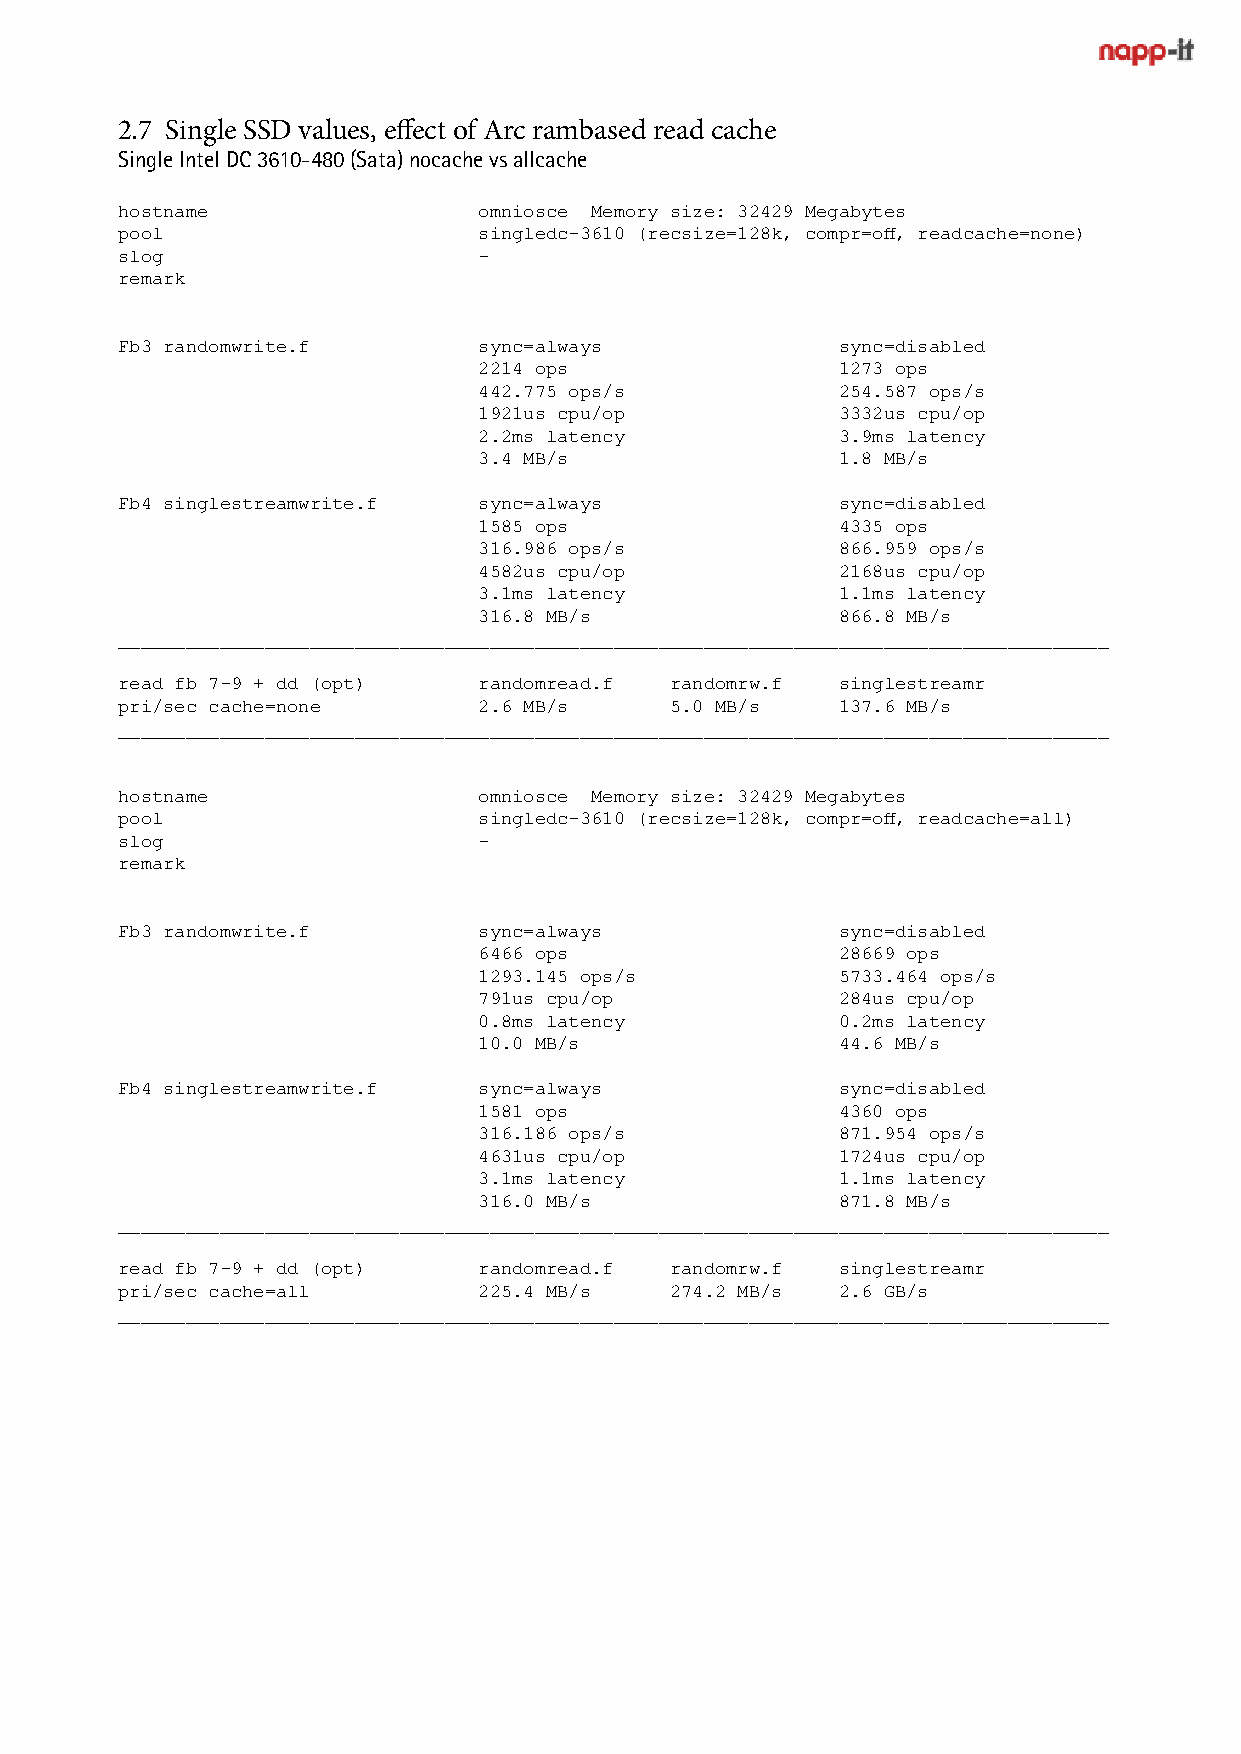
2.7 Single SSD values, effect of Arc rambased read cache
 Single Intel DC 3610-480 (Sata) nocache vs allcache
 hostname                omniosce Memory size: 32429 Megabytes
 pool                    singledc-3610 (recsize=128k, compr=off, readcache=none)
 slog                    -
 remark
 Fb3 randomwrite.f       sync=always            sync=disabled
 2214 ops               1273 ops
 442.775 ops/s          254.587 ops/s
 1921us cpu/op          3332us cpu/op
 2.2ms latency          3.9ms latency
 3.4 MB/s               1.8 MB/s
 Fb4 singlestreamwrite.f sync=always            sync=disabled
 1585 ops               4335 ops
 316.986 ops/s          866.959 ops/s
 4582us cpu/op          2168us cpu/op
 3.1ms latency          1.1ms latency
 316.8 MB/s             866.8 MB/s
 ________________________________________________________________________________________
 read fb 7-9 + dd (opt)  randomread.f randomrw.f singlestreamr
 pri/sec cache=none      2.6 MB/s    5.0 MB/s   137.6 MB/s
 ________________________________________________________________________________________
 hostname                omniosce Memory size: 32429 Megabytes
 pool                    singledc-3610 (recsize=128k, compr=off, readcache=all)
 slog                    -
 remark
 Fb3 randomwrite.f       sync=always            sync=disabled
 6466 ops               28669 ops
 1293.145 ops/s         5733.464 ops/s
 791us cpu/op           284us cpu/op
 0.8ms latency          0.2ms latency
 10.0 MB/s              44.6 MB/s
 Fb4 singlestreamwrite.f sync=always            sync=disabled
 1581 ops               4360 ops
 316.186 ops/s          871.954 ops/s
 4631us cpu/op          1724us cpu/op
 3.1ms latency          1.1ms latency
 316.0 MB/s             871.8 MB/s
 ________________________________________________________________________________________
 read fb 7-9 + dd (opt)  randomread.f randomrw.f singlestreamr
 pri/sec cache=all       225.4 MB/s  274.2 MB/s 2.6 GB/s
 ________________________________________________________________________________________